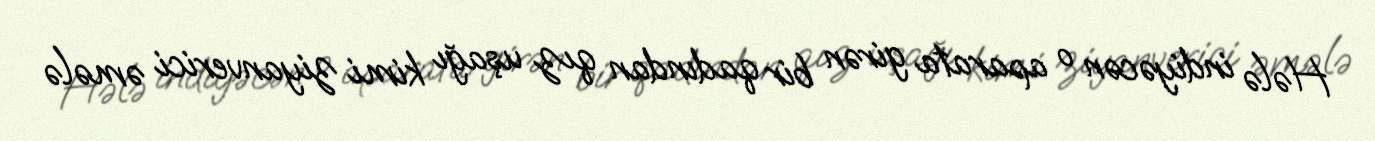
Hələ indiyəcən o aparata girən bir qadından qız uşağı kimi ziyanverici əmələ